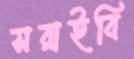
সরাইবি